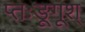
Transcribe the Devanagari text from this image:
प्तःङूगूश्